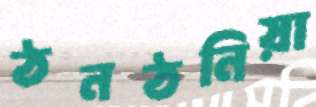
ঠনঠনিয়া